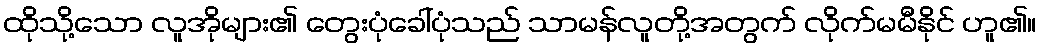
ထိုသို့သော လူအိုများ၏ တွေးပုံခေါ်ပုံသည် သာမန်လူတို့အတွက် လိုက်မမီနိုင် ဟူ၏။